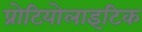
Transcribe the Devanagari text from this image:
प्रोटियोलाइटिक